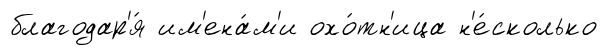
благодар'я́ им'ена́м'и охо́тн'ица н'е́сколько